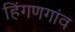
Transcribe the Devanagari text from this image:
हिंगणगांव